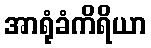
အာရုံခံကိရိယာ